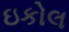
ઇકોલ